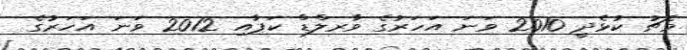
މެޗު ކުޅެދީ 2010 ވަނަ އަހަރުގެ ވާރލްޑް ކަޕާއި 2012 ވަނަ އަހަރުގެ